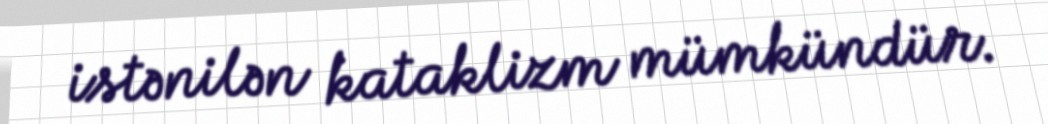
istənilən kataklizm mümkündür.